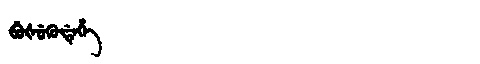
Manchu: ᠪᡠᡧᡠᡴᡠᡩᡝᡥᡝ
Romanization: BUŠUKUDEHE